Annual report on the working of the lock hospitals in the Central Provinces
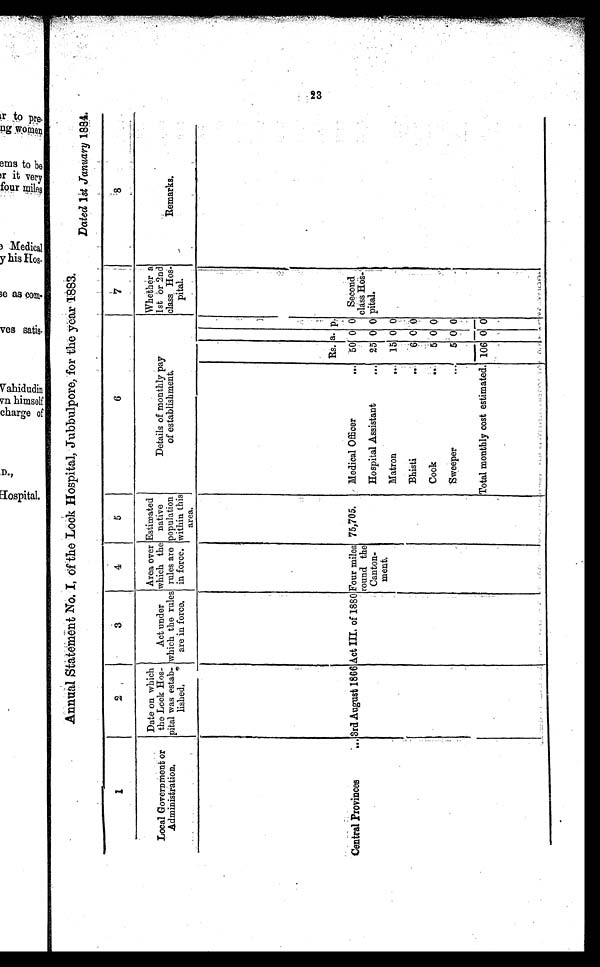
Dated lst January 1884.
1
2
3
4
5
6
7
8
Local Government or
Administration,
Date on which
the Lock Hos-
pital was estab-
lished.
Act under
which the rules
are in force,
Area over
which the
rules are
in force.
Estimated
native
population
within thi
s area.
Details of monthly pay
of establishment,
Whether a
1st or 2nd
class Ho
s
pital.
Remarks.
Rs. a. p . ;
Central Provinces
. . . 3rd August 1866 Act III, of 1880 Four miles
round the
Canton-
ment.
75,705. Medical Officer
. . . 50 0 0 Second
class H
o s p i t a l .
Hospital Assistant
... 25 0 0
Matron
... 15 0 0
Bhisti
...
6 0 0
Cook
...
5 0 0
Sweeper
...
5 0 0
Total monthly cost estimated, 106 0 0